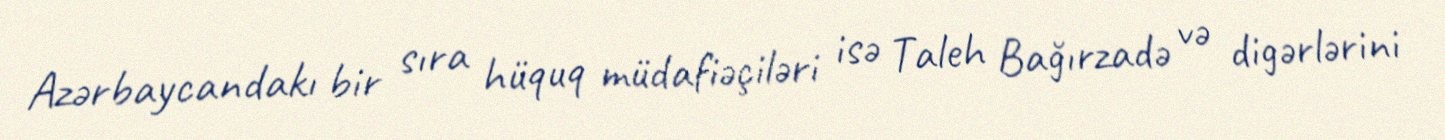
Azərbaycandakı bir sıra hüquq müdafiəçiləri isə Taleh Bağırzadə və digərlərini